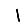
Digit: 1